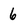
Character: 6